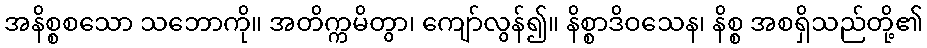
အနိစ္စစသော သဘောကို။ အတိက္ကမိတွာ၊ ကျော်လွန်၍။ နိစ္စာဒိဝသေန၊ နိစ္စ အစရှိသည်တို့၏